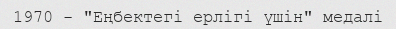
1970 - "Еңбектегі ерлігі үшін" медалі